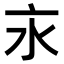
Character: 𣱵